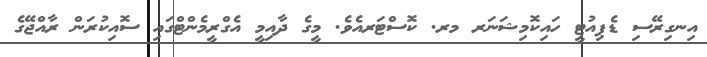
އިނގިރޭސި ޑެޕިއުޓީ ހައިކޮމިޝަނަރ މރ. ކޮސްޓަރއެވެ. މީގެ ދާއިމީ އެގްރީމެންޓްގައި ސޮއިކުރަން ރާއްޖޭގެ